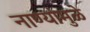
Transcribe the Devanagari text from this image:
नाण्यांमुळे